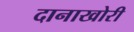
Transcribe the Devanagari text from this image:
दानाखोरी